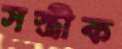
সস্ত্রীক